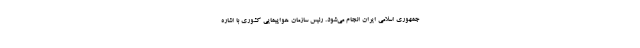
جمهوری اسلامی ایران انجام می‌شود. رئیس سازمان هواپیمایی کشوری با اشاره